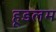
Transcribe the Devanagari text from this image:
हूडलम